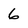
Character: 6